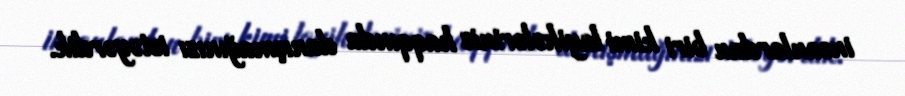
insanlardan biri kimi layihələriniz haqqında danışmağınızı istəyərdik.